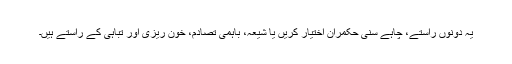
یہ دونوں راستے، چاہے سنی حکمران اختیار کریں یا شیعہ، باہمی تصادم، خون ریزی اور تباہی کے راستے ہیں۔